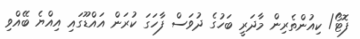
ފޮޓޯ/ ކިއުންތެރިން މާދަރީ ބަހުގެ ދުވަސް ފާހަގަ ކުރަން އައްޑޫގައި އިއްޔެ ބޭއްވި